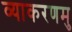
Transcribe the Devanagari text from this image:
व्याकरणमु